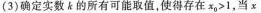
(3)确定实数k的所有可能取值，使得存在x_{0}>1，当x